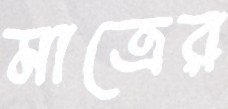
মাত্রের